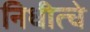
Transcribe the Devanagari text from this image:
निधीत्चे